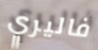
فاليري